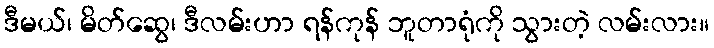
ဒီမယ်၊ မိတ်ဆွေ၊ ဒီလမ်းဟာ ရန်ကုန် ဘူတာရုံကို သွားတဲ့ လမ်းလား။